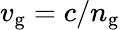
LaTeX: v_{\mathrm{g}}=c/n_{\mathrm{g}}